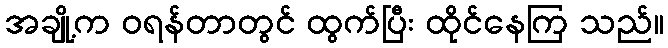
အချို့က ဝရန်တာတွင် ထွက်ပြီး ထိုင်နေကြ သည်။